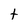
Character: t